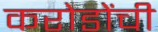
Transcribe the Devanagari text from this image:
करोडोंची